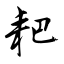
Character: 耙